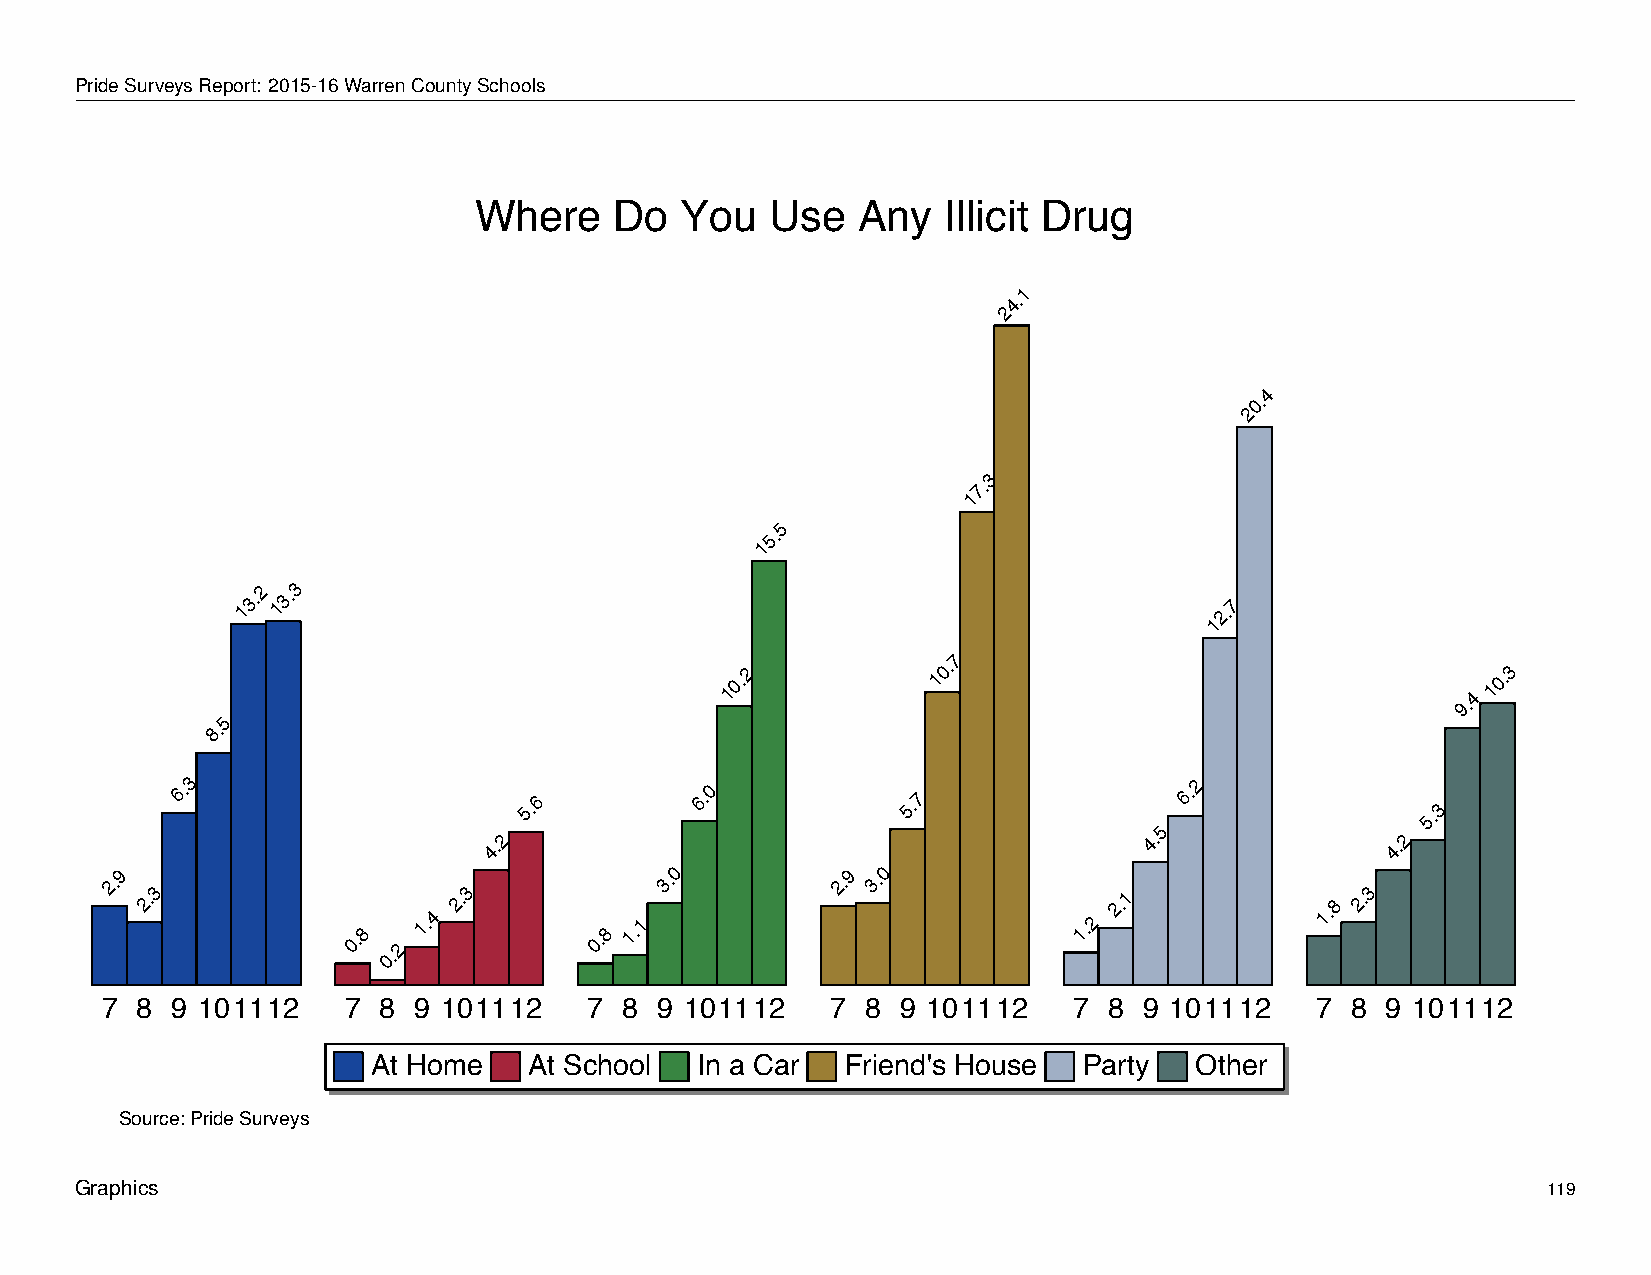
Where         Do      You       Use      Any      Illicit     Drug
 PrideSurveysReport: 2015-16WarrenCountySchools
 Where     Do  You   Use   Any   Illicit Drug
 1
 4.
 2
 4
 0.
 2
 3
 7.
 1
 5
 5.
 1
 13.2 13.3
 12.7
 7
 10.2          10.
 9.4
 10.3
 5
 8.
 6.3
 5.6
 6.0
 5.7
 5
 6.2
 5.3
 4.2                                         4.              4.2
 2.9
 2.3
 0.8
 0.2
 1.4
 2.3
 0.8
 1.1
 3.0        2.9 3.0
 1.2
 2.1
 1.8
 2.3
 7 8 9 101112    7 8 9 101112    7 8 9 101112    7 8  9 101112   7 8  9 101112   7 8  9 101112
 At Home   At School  In a Car  Friend's House  Party  Other
 Source: Pride Surveys
 Graphics                                                                                         119